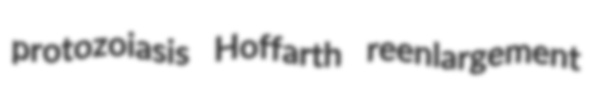
protozoiasis Hoffarth reenlargement